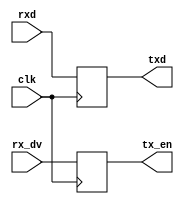
//rxdtxd
//rx_dvtx_dv
module dut(clk,
           rxd,
           rx_dv,
           txd,
           tx_en);
    input clk;
    input [7:0] rxd;
    input rx_dv;
    output [7:0] txd;
    output tx_en;
    reg [7:0] txd;
    reg tx_en;
    
    always @(posedge clk)begin
        txd <= rxd;
        tx_en <= rx_dv;
    end
endmodule